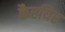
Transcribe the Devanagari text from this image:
कैरयिर